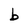
Character: b